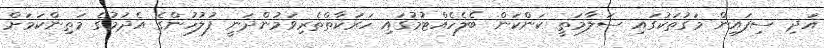
އަދި ސިފައިން މަގުތަކުގައި ސަލާމަތީ ކަންކަން ބެލެހެއްޓުމުގައި ހަރަކާތްތެރިވަމުންދަނީ ފުލުހުންގެ އެދުމުގެ މަތިންކަމަށް